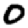
Digit: 0